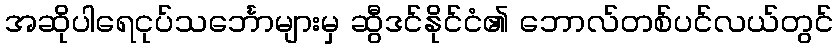
အဆိုပါရေငုပ်သင်္ဘောများမှ ဆွီဒင်နိုင်ငံ၏ ဘောလ်တစ်ပင်လယ်တွင်